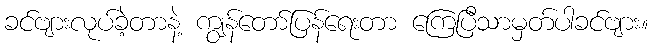
ခင်ဗျားလုပ်ခဲ့တာနဲ့ ကျွန်တော်ပြန်ရေးတာ ကြေပြီသာမှတ်ပါခင်ဗျား။